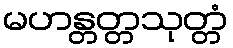
မဟန္တတ္တသုတ္တံ